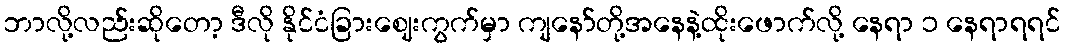
ဘာလို့လည်းဆိုတော့ ဒီလို နိုင်ငံခြားဈေးကွက်မှာ ကျနော်တို့အနေနဲ့ထိုးဖောက်လို့ နေရာ ၁ နေရာရရင်